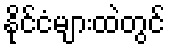
နိုင်ငံများထဲတွင်